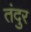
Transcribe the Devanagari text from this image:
तंदुर